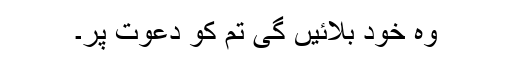
وہ خود بلائیں گی تم کو دعوت پر۔